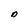
Character: D